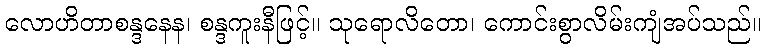
လောဟိတာစန္ဒနေန၊ စန္ဒကူးနီဖြင့်။ သုရောလိတော၊ ကောင်းစွာလိမ်းကျံအပ်သည်။